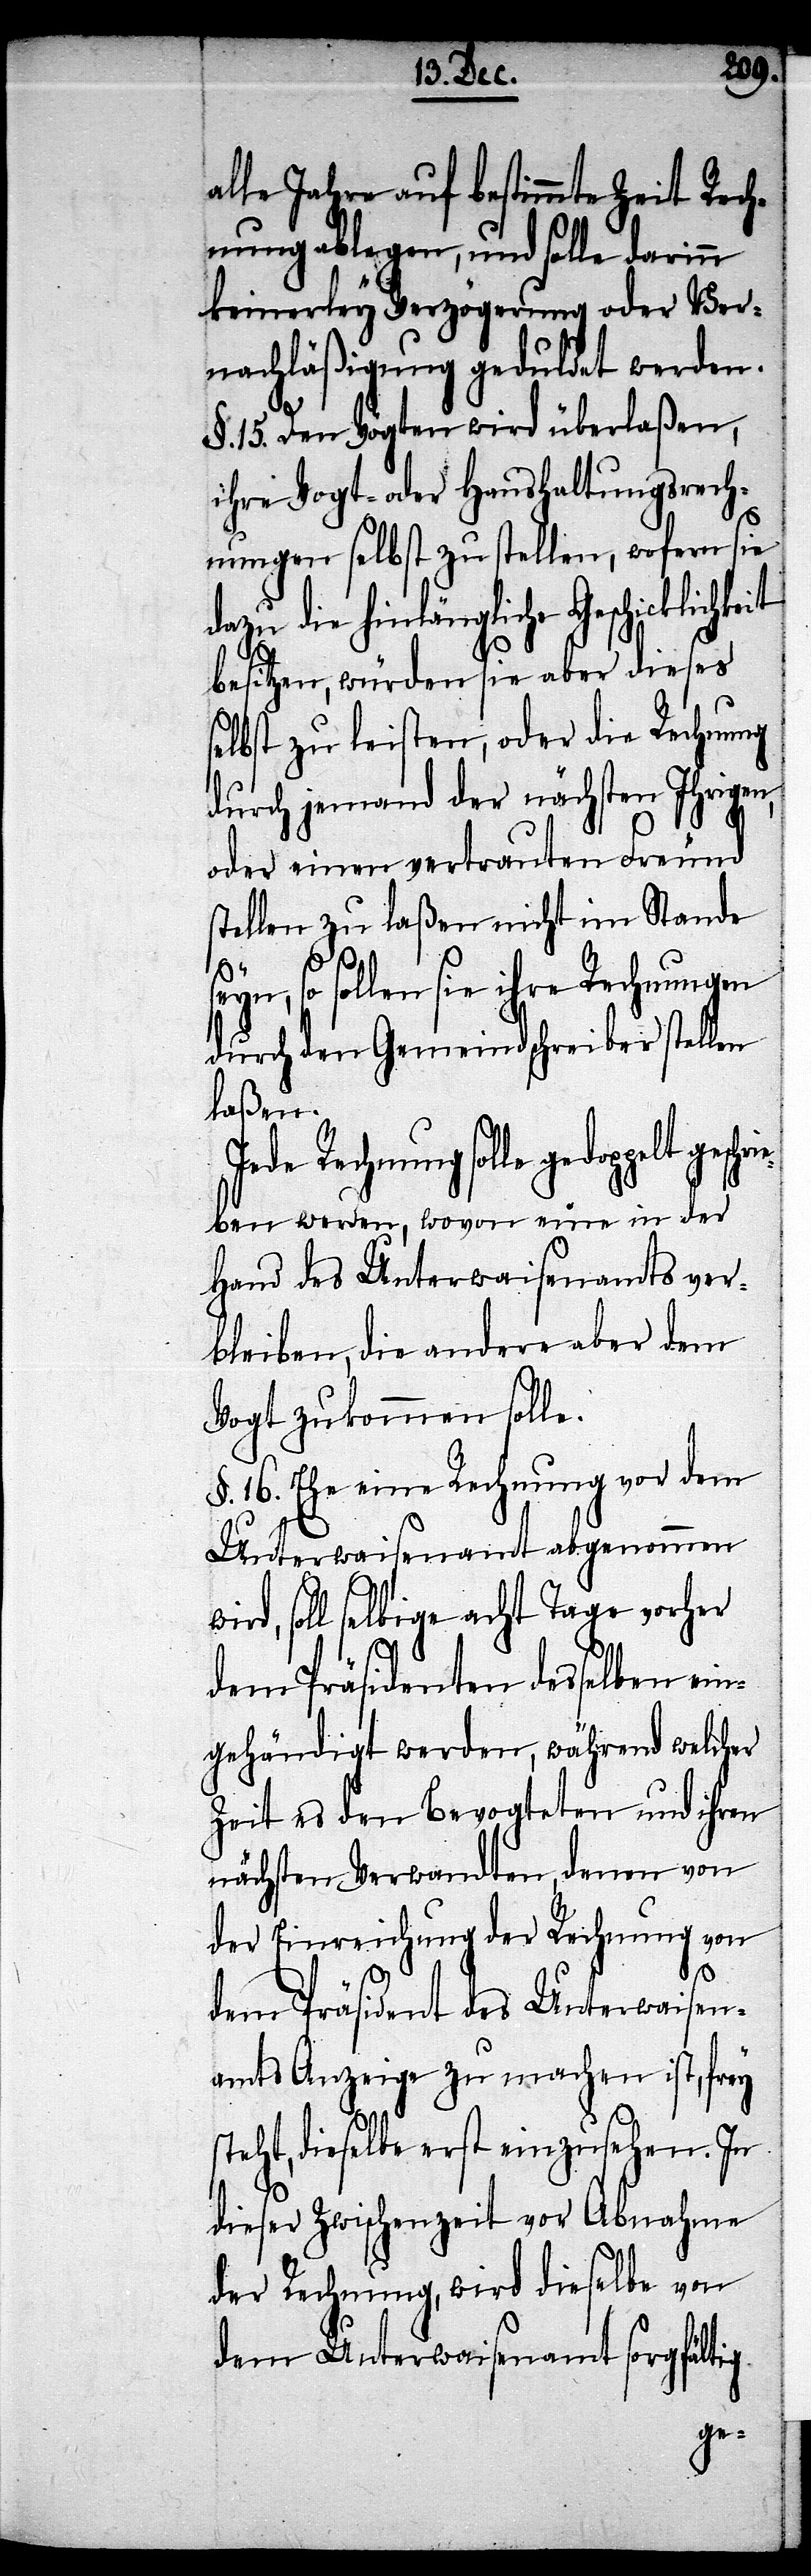
s¬
alle Jahre auf bestimmte Zeit Rech¬
nung ablegen, und solle darinn
keinerley Verzögerung oder Ver¬
nachläßigung geduldet werden.
§. 15. Den Vögten wird überlaßen,
ihre Vogt- oder Haushaltungsrech¬
nungen selbst zu stellen, wofern sie
dazu die hinlängliche
besitzen, würden sie aber dieses
elbst zu leisten, oder die Rechnung
durch jemand der nächsten Ihrigen,
oder einen vertrauten Freund
stellen zu laßen nicht im Stande
so sollen sie ihre Rechnungen
durch den Gemeindschreiber stellen
laßen.
Jede Rechnung solle gedoppelt
eben werden, wovon eine in der
Hand des Unterwaisenamts ver¬
bleiben, die andere aber dem
Vogt zukommen solle.
16. Ehe eine Rechnung vor dem
Unterwaisenamt abgenommen
rd, soll selbige acht Tage vorher
dem Präsidenten desselben ein¬
gehändigt werden ,während welcher
Zeit es den Bevogteten und ihren
nächsten Verwandten, denen von
der Einreichung der Rechnung von
dem Präsident des Unterwaisen¬
amts Anzeige zu machen ist, frey
teht, dieselbe erst einzusehen. In
dieser Zwischenzeit vor Abnahme
der Rechnung, wird dieselbe von
dem Unterwaisenamt sorgfältig
ge¬